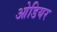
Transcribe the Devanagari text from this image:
ओडियर